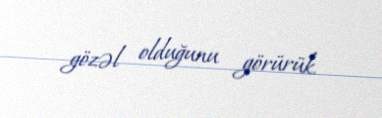
gözəl olduğunu görürük.